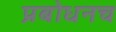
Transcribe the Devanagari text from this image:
प्रबोधनच